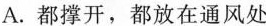
A.都撑开，都放在通风处